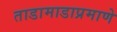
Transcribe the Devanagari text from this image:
ताडामाडाप्रमाणे